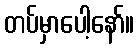
တပ်မှာပေါ့နော်။